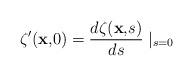
LaTeX: \begin{align*}\zeta ^{\prime }({\bf x,}0)=\frac{d\zeta ({\bf x,}s)}{ds}\mid _{s=0}\end{align*}